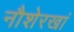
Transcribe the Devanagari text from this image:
नौशेरखां